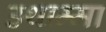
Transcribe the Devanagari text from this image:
उथाम्मा